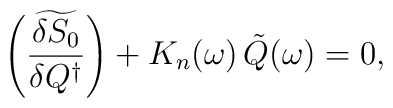
\left(\widetilde{\frac{\delta S_0}{\delta Q^\dagger}}\right)+K_n(\omega)\,\tilde{Q}(\omega)=0,